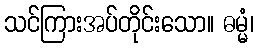
သင်ကြားအပ်တိုင်းသော။ ဓမ္မံ၊